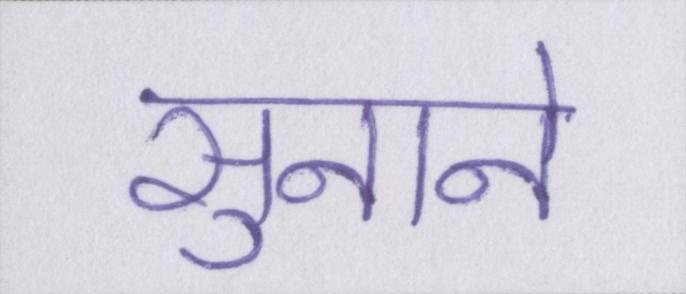
सुनाने